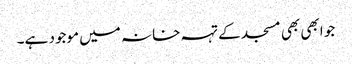
جو ابھی بھی مسجد کے تہہ خانہ میں موجود ہے۔